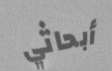
أبحاثي